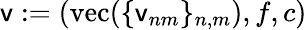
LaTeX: \mathsf{v}:=(\mathrm{vec}(\{ \mathsf{v}_{nm}\} _{n,m}),f,c)